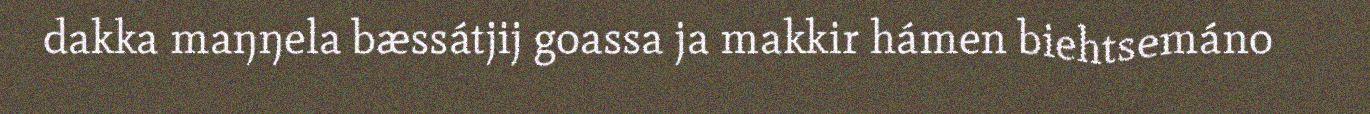
dakka maŋŋela bæssátjij goassa ja makkir hámen biehtsemáno